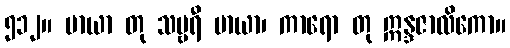
၅၁၂။ မာယာ တု သမ္ဗရီ မာယာ၊ ကာရော တု ဣန္ဒဇာလိကော။